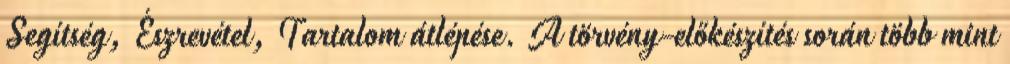
Segítség, Észrevétel, Tartalom átlépése. A törvény-előkészítés során több mint